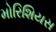
મોરિશિયસ